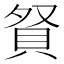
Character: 𧵚